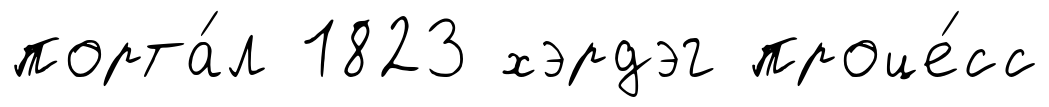
порта́л 1823 хэрдэг проце́сс